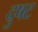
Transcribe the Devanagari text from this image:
दुषट